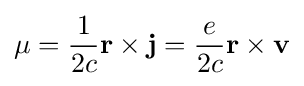
\mathbf {\mu } ={\frac {1}{2c}}\mathbf {r} \times \mathbf {j} ={\frac {e}{2c}}\mathbf {r} \times \mathbf {v}